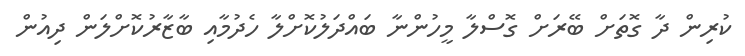
ކުރިން ދާ ގޮތަށް ބޭރަށް ގޮސްލާ މީހުންނާ ބައްދަލުކޮށްލާ ހެދުމާއި ބާޒާރުކޮށްލަން ދިއުން